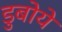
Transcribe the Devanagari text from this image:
डुबोये